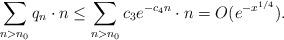
LaTeX: \begin{align*}\sum_{n > n_0} q_n \cdot n \leq \sum_{n > n_0} c_3 e^{-c_4 n} \cdot n = O(e^{-x^{1/4}}).\end{align*}